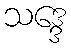
သဒ္ဒေ